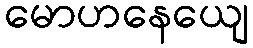
မောဟနေယျေ